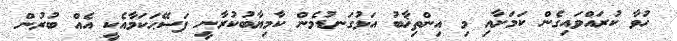
ހުވާ ކުރައްވައިގެން ކަމަށާއި މި އިންތިޚާބު އަޅުގަނޑުމެން ކާމިޔާބުކުރާނީ ފަސޭޙަކަމާއެކީ އެއް ބުރުން